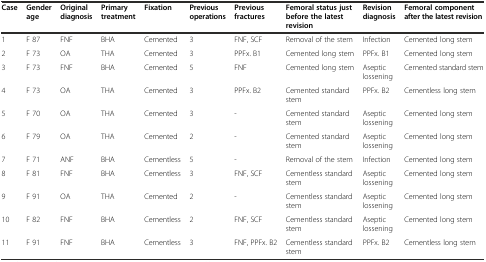
| Case | Gender age | Original diagnosis | Primary treatment | Fixation | Previous operations | Previous fractures | Femoral status just before the latest revision | Revision diagnosis | Femoral component after the latest revision |
 | --- | --- | --- | --- | --- | --- | --- | --- | --- | --- |
 | 1 | F 87 | FNF | BHA | Cemented | 3 | FNF, SCF | Removal of the stem | Infection | Cemented long stem |
 | 2 | F 73 | OA | THA | Cemented | 3 | PPFx. B1 | Cemented long stem | PPFx. B1 | Cemented long stem |
 | 3 | F 73 | FNF | BHA | Cemented | 5 | FNF | Cemented long stem | Aseptic lossening | Cemented standard stem |
 | 4 | F 73 | OA | THA | Cemented | 3 | PPFx. B2 | Cemented standard stem | PPFx. B2 | Cementless long stem |
 | 5 | F 70 | OA | THA | Cemented | 3 | - | Cemented standard stem | Aseptic lossening | Cemented long stem |
 | 6 | F 79 | OA | THA | Cemented | 2 | - | Cemented standard stem | Aseptic lossening | Cemented long stem |
 | 7 | F 71 | ANF | BHA | Cementless | 5 | - | Removal of the stem | Infection | Cemented long stem |
 | 8 | F 81 | FNF | BHA | Cementless | 3 | FNF, SCF | Cementless standard stem | Aseptic lossening | Cemented long stem |
 | 9 | F 91 | OA | THA | Cemented | 2 | - | Cementless standard stem | Aseptic lossening | Cemented long stem |
 | 10 | F 82 | FNF | BHA | Cementless | 2 | FNF, SCF | Cementless standard stem | Aseptic lossening | Cemented long stem |
 | 11 | F 91 | FNF | BHA | Cementless | 3 | FNF, PPFx. B2 | Cementless standard stem | PPFx. B2 | Cementless long stem |